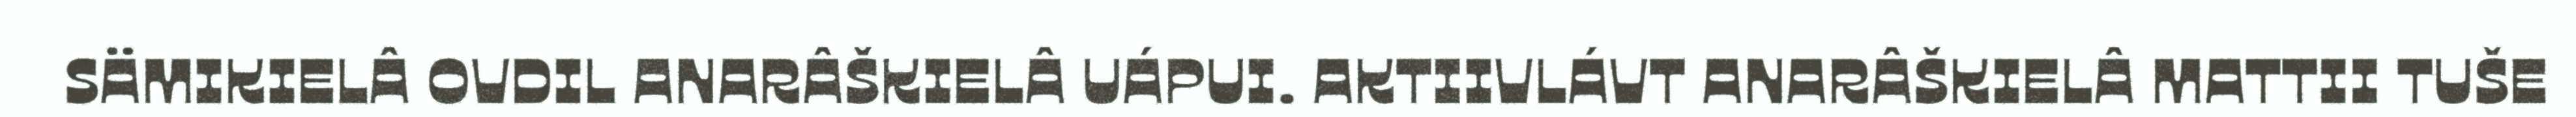
SÄMIKIELÂ OVDIL ANARÂŠKIELÂ UÁPUI. AKTIIVLÁVT ANARÂŠKIELÂ MATTII TUŠE